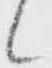
候